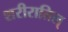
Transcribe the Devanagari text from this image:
शरीरातिल्